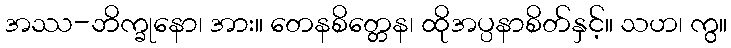
အဿ-ဘိက္ခုနော၊ အား။ တေနစိတ္တေန၊ ထိုအပ္ပနာစိတ်နှင့်။ သဟ၊ ကွ။